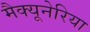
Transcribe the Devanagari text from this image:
मैक्यूनेरिया